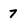
Character: 7